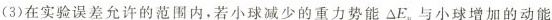
(3)在实验误差允许的范围内，若小球减少的重力势能 $$\DeltaE_{\mu}$$ 与小球增加的动能